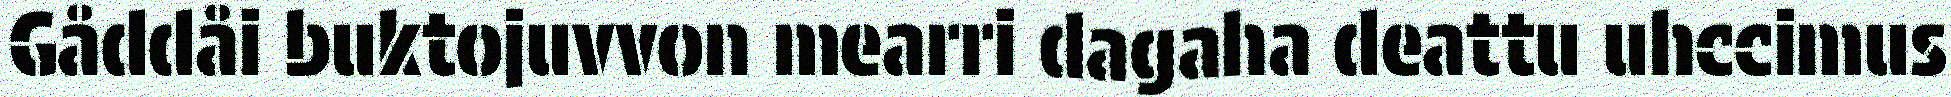
Gåddåi buktojuvvon mearri dagaha deattu uhccimus